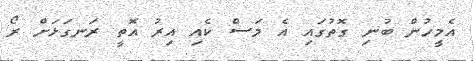
އެމީހުން ބުނި ގޮތުގައި އެ މަސް ކެއި އިރު އޮތީ ރަނގަޅަށް ރޯ